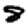
Digit: 8